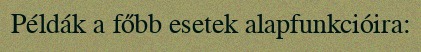
Példák a főbb esetek alapfunkcióira: